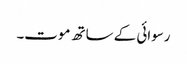
رسوائی کے ساتھ موت۔